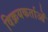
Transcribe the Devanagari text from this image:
विक्रयकर्ताओं